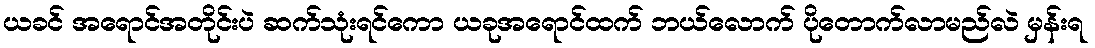
ယခင် အရောင်အတိုင်းပဲ ဆက်သုံးရင်ကော ယခုအရောင်ထက် ဘယ်လောက် ပိုတောက်လာမည်လဲ မှန်းရ